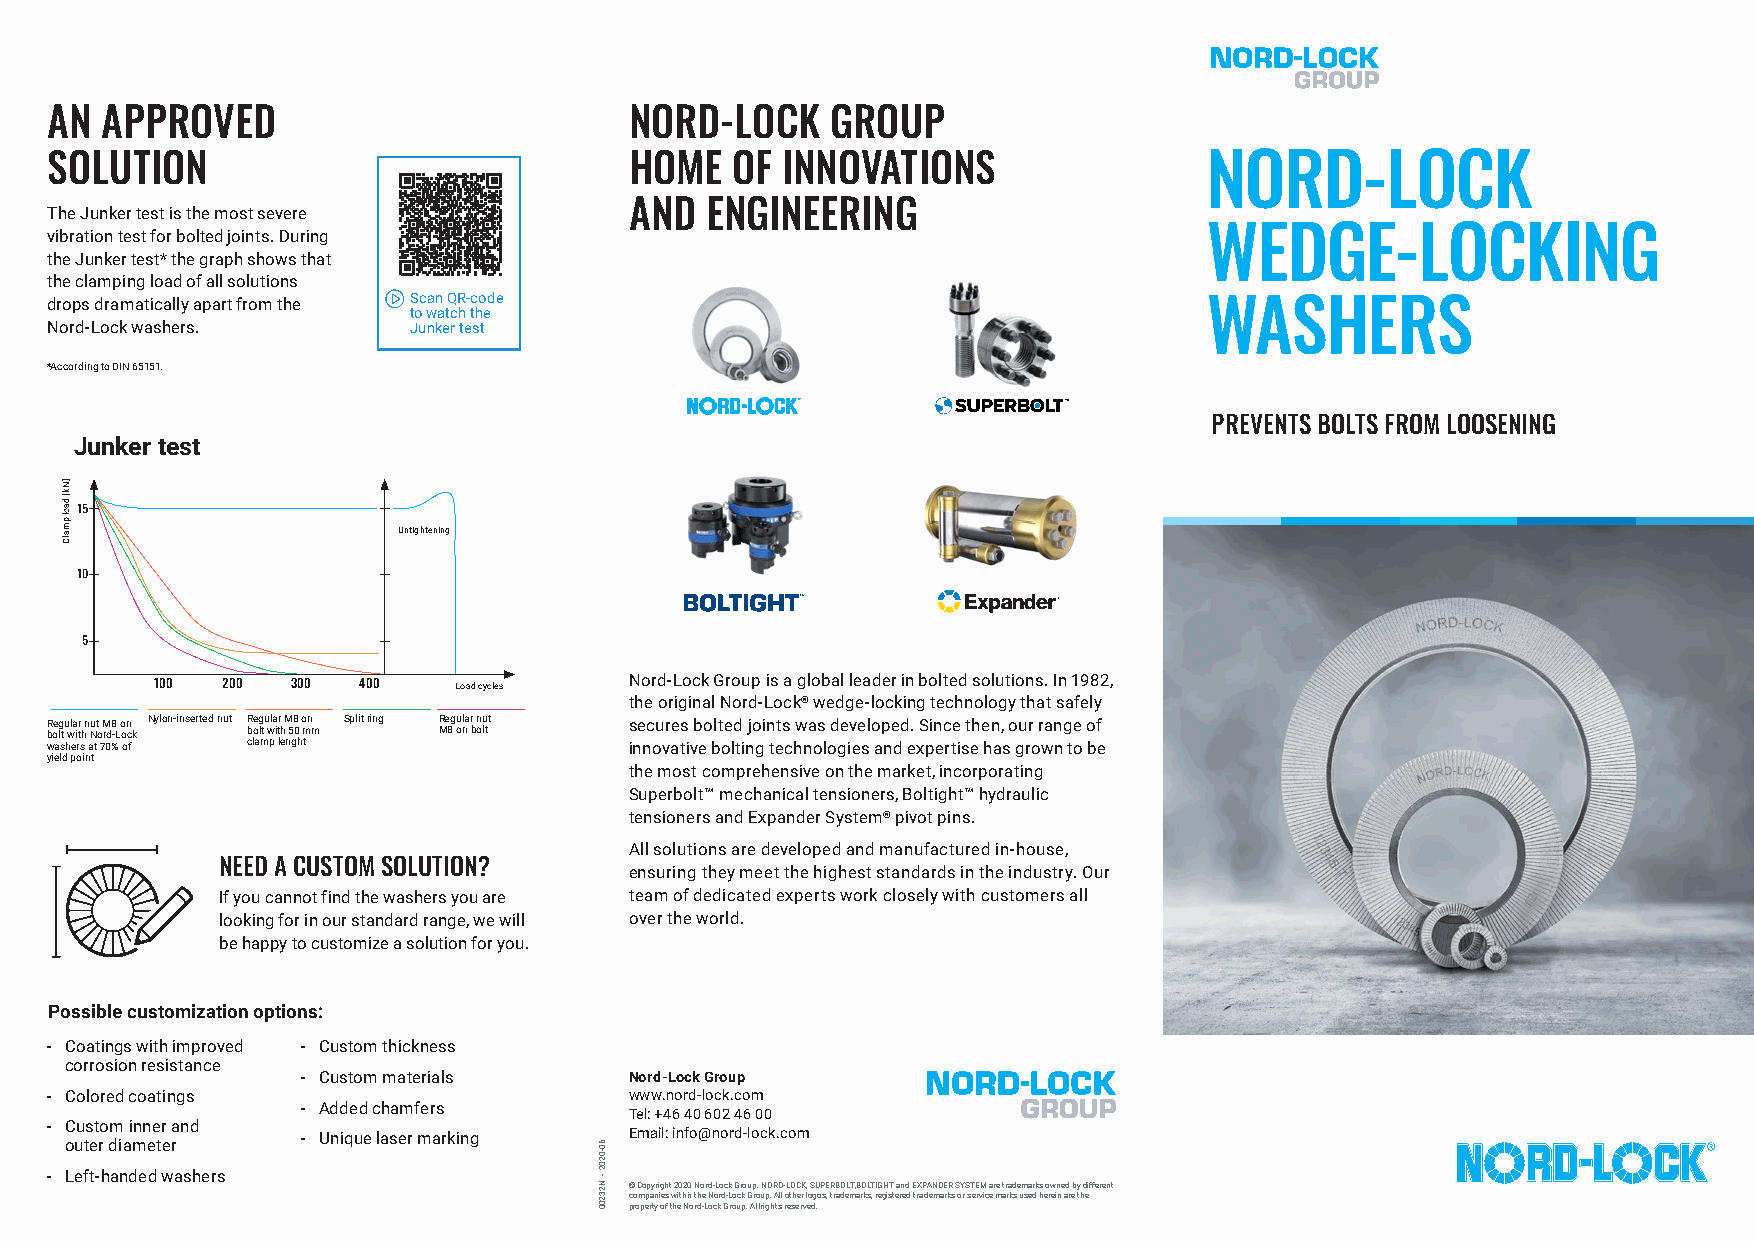
AN  APPROVED                           NORD-LOCK    GROUP
 SOLUTION                               HOME  OF  INNOVATIONS                 NORD-LOCK
 The Junker test is the most severe     AND  ENGINEERING
 vibration test for bolted joints. During                                     WEDGE-LOCKING
 the Junker test* the graph shows that
 the clamping load of all solutions
 drops dramatically apart from the S toc wan a tQ cR h- tc ho ed e            WASHERS
 Nord-Lock washers.      Junker test
 *According to DIN 65151.
 PREVENTS BOLTS FROM LOOSENING
 Junker test
 Untightening
 100  200 300  400   Load cycles Nord-Lock Group is a global leader in bolted solutions. In 1982,
 the original Nord-Lock® wedge-locking technology that safely
 R boe lg t u wla itr h n Nut o M rd8 -L o on c k Nylon-inserted nut R boe lg t u wla itr h M 58 0 o mn m Split ring R Me 8g ou nla r b on lu tt secures bolted joints was developed. Since then, our range of
 washers at 70% of clamp lenght         innovative bolting technologies and expertise has grown to be
 yield point
 the most comprehensive on the market, incorporating
 Superbolt™ mechanical tensioners, Boltight™ hydraulic
 tensioners and Expander System® pivot pins.
 All solutions are developed and manufactured in-house,
 NEED A CUSTOM SOLUTION?
 ensuring they meet the highest standards in the industry. Our
 If you cannot find the washers you are team of dedicated experts work closely with customers all
 looking for in our standard range, we will over the world.
 be happy to customize a solution for you.
 Possible customization options:
 - Coatings with improved - Custom thickness
 corrosion resistance
 - Custom materials    Nord-Lock Group
 - Colored coatings                     www.nord-lock.com
 - Added chamfers
 Tel: +46 40 602 46 00
 - Custom inner and
 - Unique laser marking Email: info@nord-lock.com
 outer diameter
 - Left-handed washers
 © Copyright 2020 Nord-Lock Group. NORD-LOCK, SUPERBOLT, BOLTIGHT and EXPANDER SYSTEM are trademarks owned by different
 companies within the Nord-Lock Group. All other logos, trademarks, registered trademarks or service marks used herein are the
 property of the Nord-Lock Group. All rights reserved.
 ]Nk[
 daol
 pmalC
 60-0202
 -
 N23200